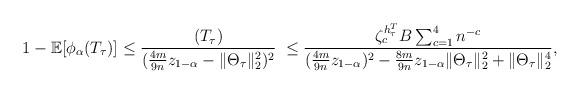
LaTeX: \begin{align*} 1 - \mathbb{E}[ \phi_\alpha(T_\tau)] &\leq \frac{(T_\tau)}{ ( \frac{4m}{9n} z_{1 - \alpha} - \|\Theta_\tau\|_2^2 )^2 } \;\leq\frac{\zeta_c^{h^T_\tau} B \sum_{c = 1}^4 n^{-c}}{ ( \frac{4m}{9n} z_{1 - \alpha})^2 - \frac{8m}{9n} z_{1 - \alpha}\|\Theta_\tau\|_2^2 + \|\Theta_\tau\|_2^4},\end{align*}